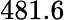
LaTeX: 481.6